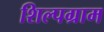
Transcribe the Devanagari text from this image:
शिल्‍पग्राम